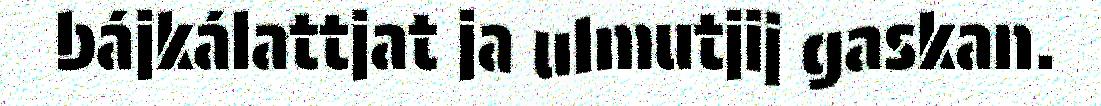
bájkálattjat ja ulmutjij gaskan.